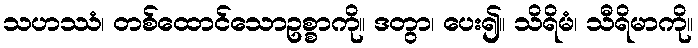
သဟဿံ၊ တစ်ထောင်သောဥစ္စာကို။ ဒတွာ၊ ပေး၍။ သိရိမံ၊ သီရိမာကို။